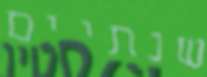
שנתיים